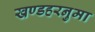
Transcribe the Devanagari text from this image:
खण्डहरनुमा